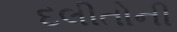
દલીતોની